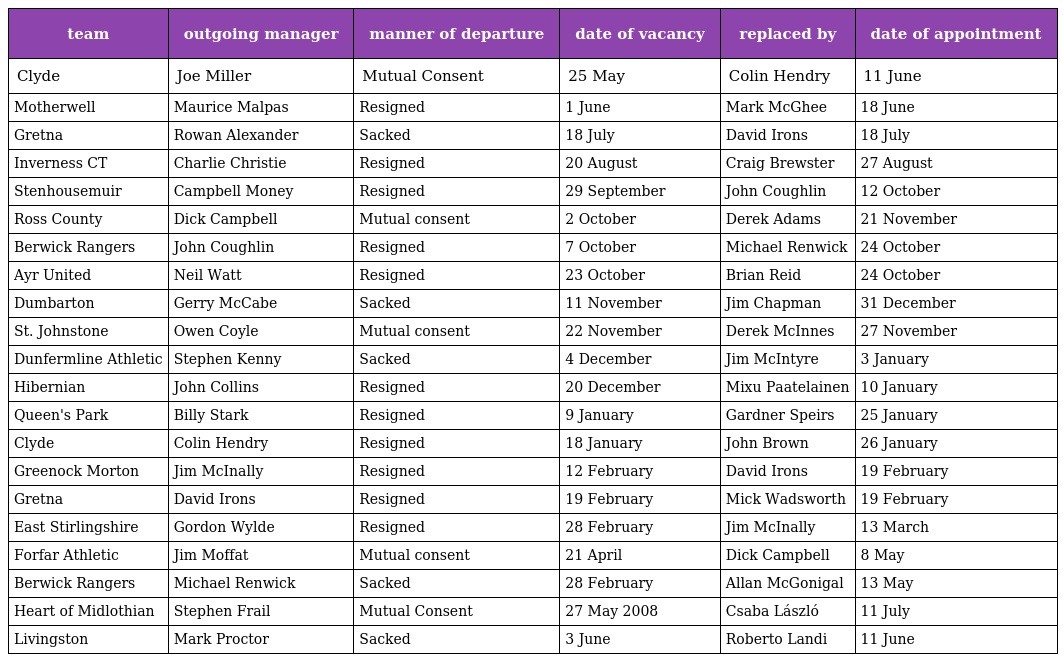
| team | outgoing manager | manner of departure | date of vacancy | replaced by | date of appointment |
 | --- | --- | --- | --- | --- | --- |
 | Clyde | Joe Miller | Mutual Consent | 25 May | Colin Hendry | 11 June |
 | Motherwell | Maurice Malpas | Resigned | 1 June | Mark McGhee | 18 June |
 | Gretna | Rowan Alexander | Sacked | 18 July | David Irons | 18 July |
 | Inverness CT | Charlie Christie | Resigned | 20 August | Craig Brewster | 27 August |
 | Stenhousemuir | Campbell Money | Resigned | 29 September | John Coughlin | 12 October |
 | Ross County | Dick Campbell | Mutual consent | 2 October | Derek Adams | 21 November |
 | Berwick Rangers | John Coughlin | Resigned | 7 October | Michael Renwick | 24 October |
 | Ayr United | Neil Watt | Resigned | 23 October | Brian Reid | 24 October |
 | Dumbarton | Gerry McCabe | Sacked | 11 November | Jim Chapman | 31 December |
 | St. Johnstone | Owen Coyle | Mutual consent | 22 November | Derek McInnes | 27 November |
 | Dunfermline Athletic | Stephen Kenny | Sacked | 4 December | Jim McIntyre | 3 January |
 | Hibernian | John Collins | Resigned | 20 December | Mixu Paatelainen | 10 January |
 | Queen's Park | Billy Stark | Resigned | 9 January | Gardner Speirs | 25 January |
 | Clyde | Colin Hendry | Resigned | 18 January | John Brown | 26 January |
 | Greenock Morton | Jim McInally | Resigned | 12 February | David Irons | 19 February |
 | Gretna | David Irons | Resigned | 19 February | Mick Wadsworth | 19 February |
 | East Stirlingshire | Gordon Wylde | Resigned | 28 February | Jim McInally | 13 March |
 | Forfar Athletic | Jim Moffat | Mutual consent | 21 April | Dick Campbell | 8 May |
 | Berwick Rangers | Michael Renwick | Sacked | 28 February | Allan McGonigal | 13 May |
 | Heart of Midlothian | Stephen Frail | Mutual Consent | 27 May 2008 | Csaba László | 11 July |
 | Livingston | Mark Proctor | Sacked | 3 June | Roberto Landi | 11 June |